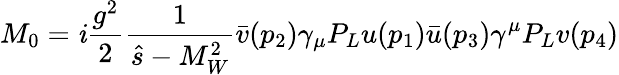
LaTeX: M_{0}=\mathit{i}\frac{{g^{2}}}{{2}}\frac{{1}}{{\hat{{s}}-M_{W}^{2}}}\bar{{v}}(p_{2})\gamma_{\mu}P_{L}u(p_{1})\bar{{u}}(p_{3})\gamma^{\mu}P_{L}v(p_{4})